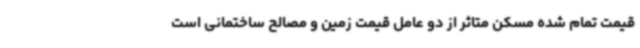
قیمت تمام شده مسکن متاثر از دو عامل قیمت زمین و مصالح ساختمانی است